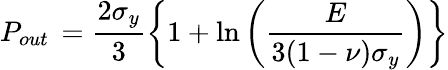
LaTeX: P_{out}\, =\frac{2\sigma_{y}}{3}\left\{ 1+\ln\left(\frac{E}{3(1-\nu)\sigma_{y}}\right)\right\}